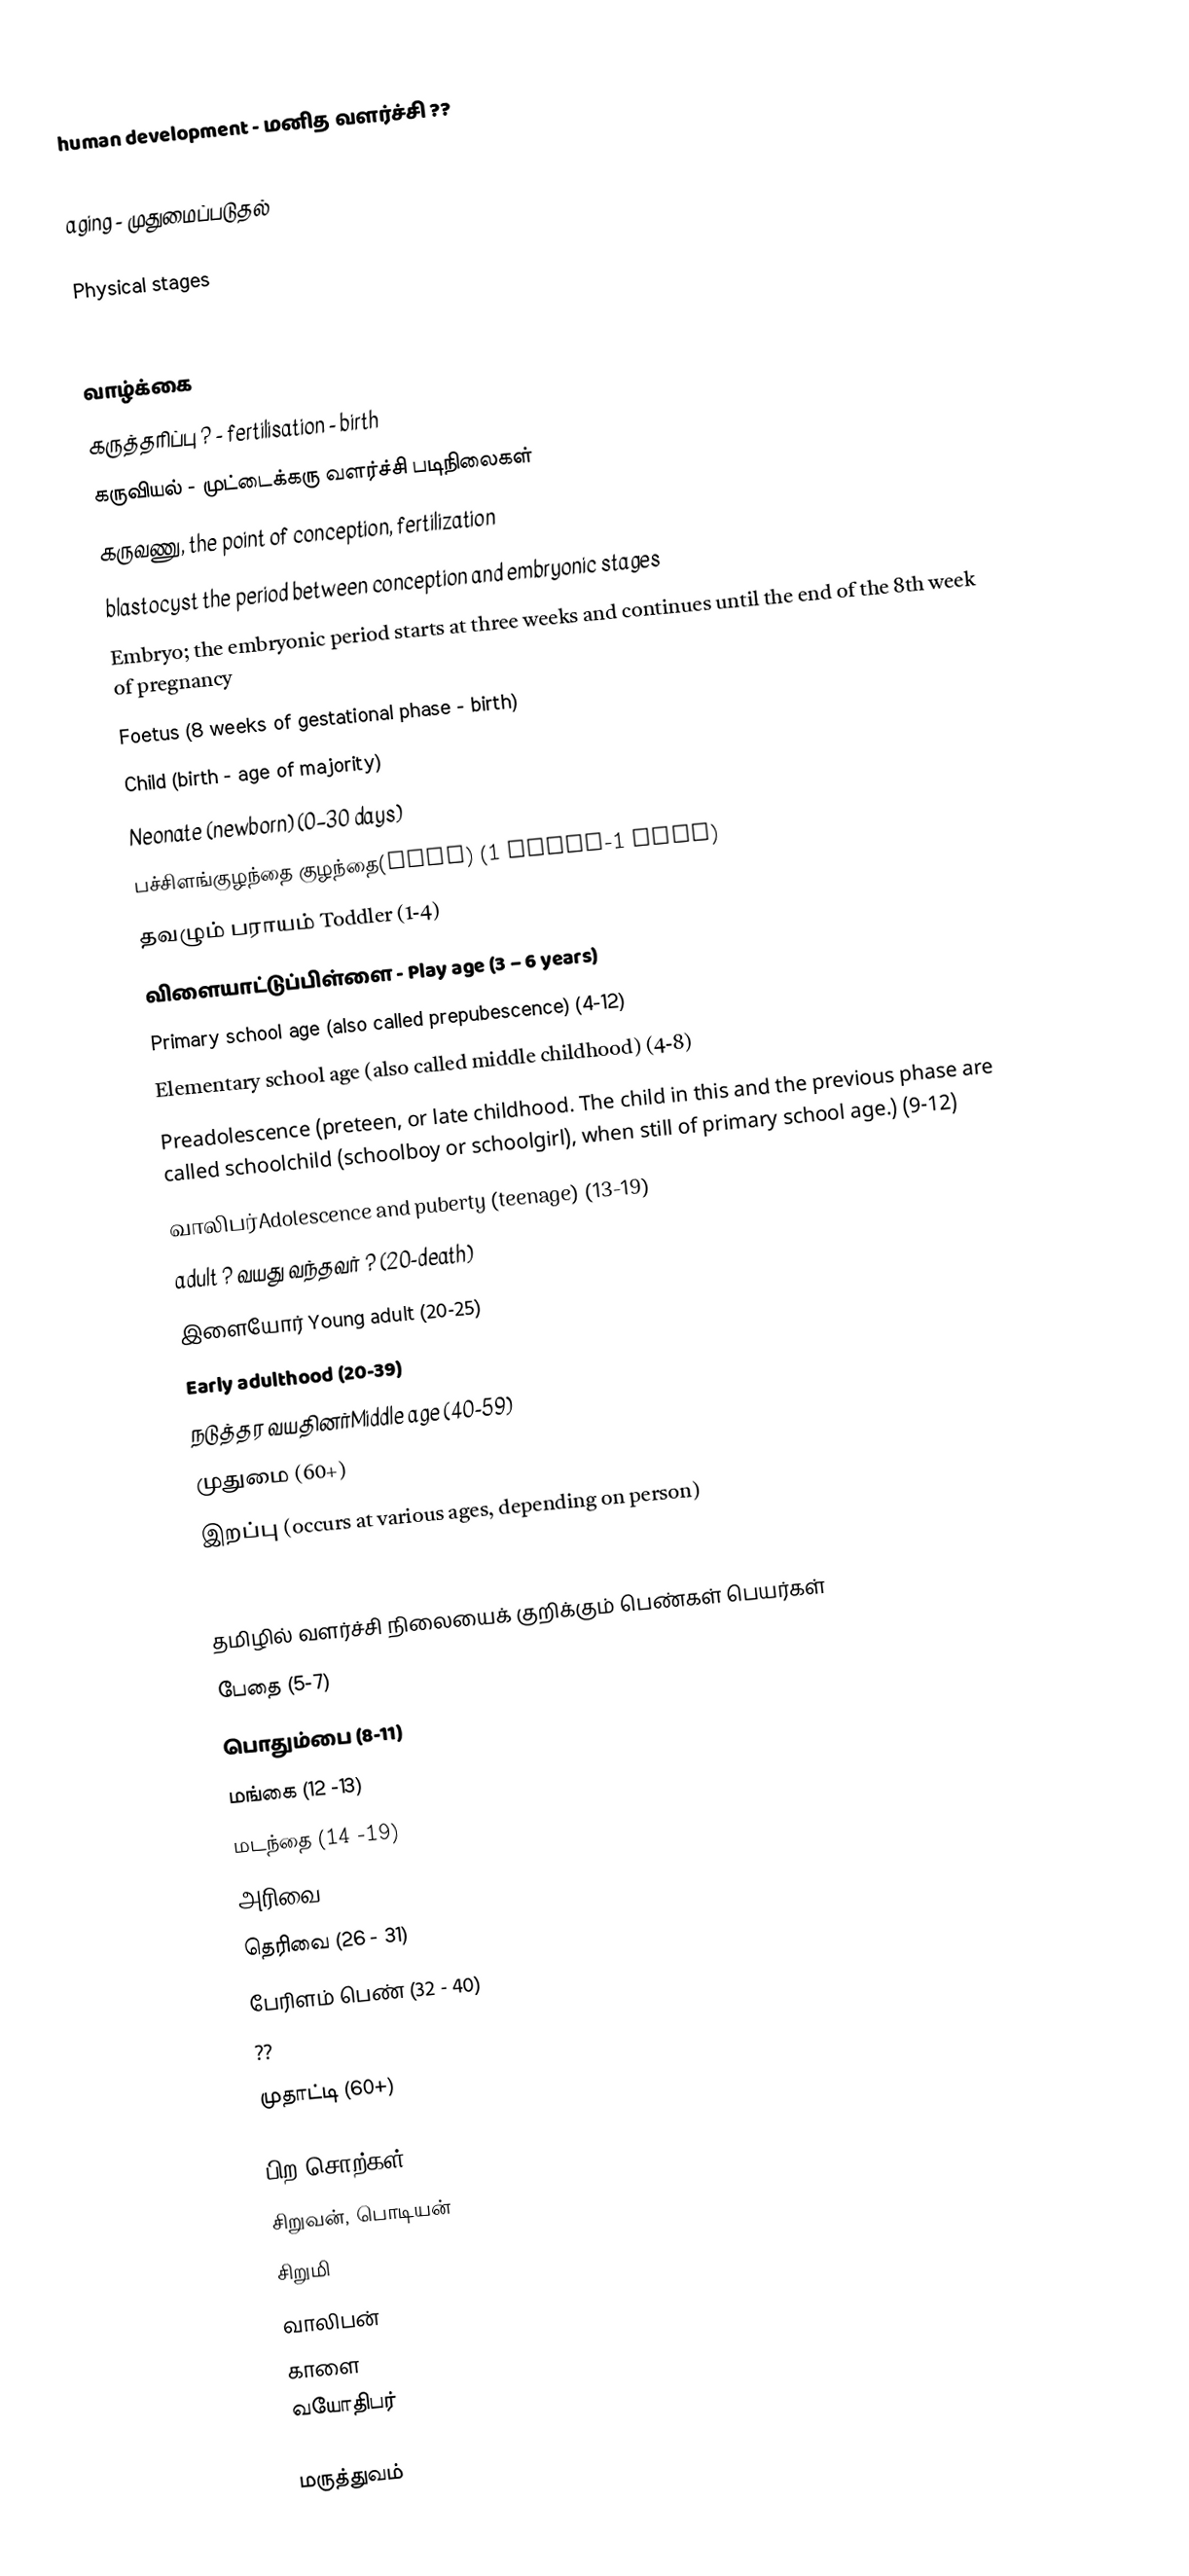
human development - மனித வளர்ச்சி ??
 Gerontology
 aging - முதுமைப்படுதல்

Physical stages
Terms for stages of age-related physical development include, with their approximate age ranges:

 வாழ்க்கை
 கருத்தரிப்பு ? - fertilisation - birth
கருவியல் - முட்டைக்கரு வளர்ச்சி படிநிலைகள்
கருவணு, the point of conception, fertilization
blastocyst the period between conception and embryonic stages
Embryo; the embryonic period starts at three weeks and continues until the end of the 8th week of pregnancy
Foetus (8 weeks of gestational phase - birth)
Child (birth - age of majority)
Neonate (newborn) (0–30 days)
 பச்சிளங்குழந்தை குழந்தை(baby) (1 month-1 year)
 தவழும் பராயம் Toddler (1-4)
 விளையாட்டுப்பிள்ளை - Play age (3 – 6 years)
Primary school age (also called prepubescence) (4-12)
Elementary school age (also called middle childhood) (4-8)
Preadolescence (preteen, or late childhood. The child in this and the previous phase are called schoolchild (schoolboy or schoolgirl), when still of primary school age.) (9-12)
வாலிபர்Adolescence and puberty (teenage) (13-19)
 adult ? வயது வந்தவர் ? (20-death)
 இளையோர் Young adult (20-25)
 Early adulthood (20-39)
நடுத்தர வயதினர்Middle age (40-59)
முதுமை (60+)
இறப்பு (occurs at various ages, depending on person)
 Decomposition (breakdown of the body after death)

தமிழில் வளர்ச்சி நிலையைக் குறிக்கும் பெண்கள் பெயர்கள்
 பேதை (5-7)
 பொதும்பை (8-11)
 மங்கை (12 -13)
 மடந்தை (14 -19)
 அரிவை (20 - 25)
 தெரிவை (26 - 31)
 பேரிளம் பெண் (32 - 40)
 ??
 முதாட்டி (60+)

பிற சொற்கள்
 சிறுவன், பொடியன்
 சிறுமி
 வாலிபன்
 காளை
 வயோதிபர்

மருத்துவம்